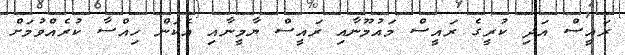
ރައީސް އަދި ކުރީގެ ރައީސް މައުމޫނާއި ރައީސް ޔާމީނާއި އެކަން ހިއްސާ ކުރެއްވުމަށް